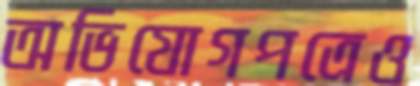
অভিযোগপত্রেও